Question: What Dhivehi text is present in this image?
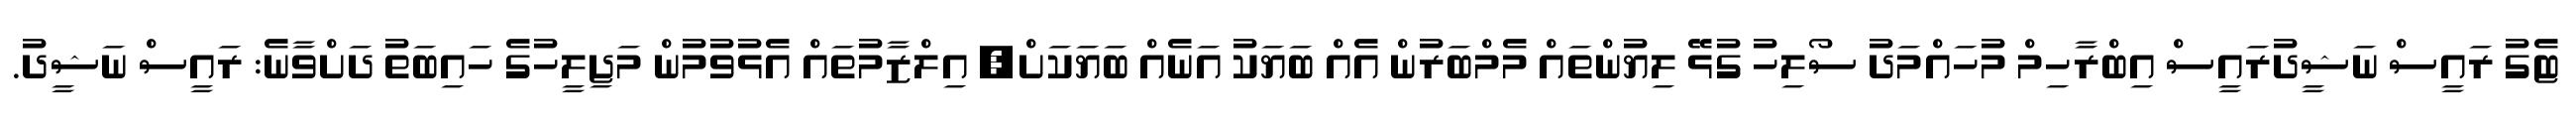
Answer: ޓެގު ރައީސް ނަޝީދުރައީސް އިބްރާހިމް މުހައްމަދު ސޯލިހު ގުޅޭ ލިޔުންތައް މެމްބަރުން އެއް ބަޔަކު އަނެއް ބަޔަކަށް, އިލްޒާމުތައް އެޅުވުމުން މަޖިލީހުގެ ހައިބަތު ދަށްވާނެ: ރައީސް ނަޝީދު.